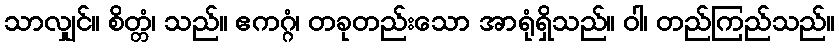
သာလျှင်။ စိတ္တံ၊ သည်။ ဧကဂ္ဂံ၊ တခုတည်းသော အာရုံရှိသည်။ ဝါ၊ တည်ကြည်သည်။